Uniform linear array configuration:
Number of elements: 64
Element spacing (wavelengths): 0.75
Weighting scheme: hann
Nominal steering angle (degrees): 0
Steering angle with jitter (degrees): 0.4341
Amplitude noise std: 0.05
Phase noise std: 0.05

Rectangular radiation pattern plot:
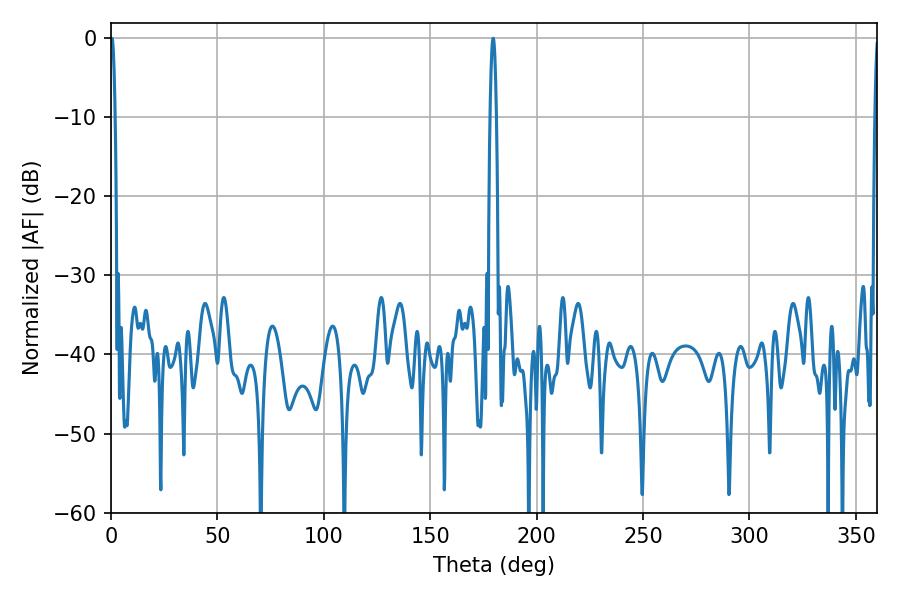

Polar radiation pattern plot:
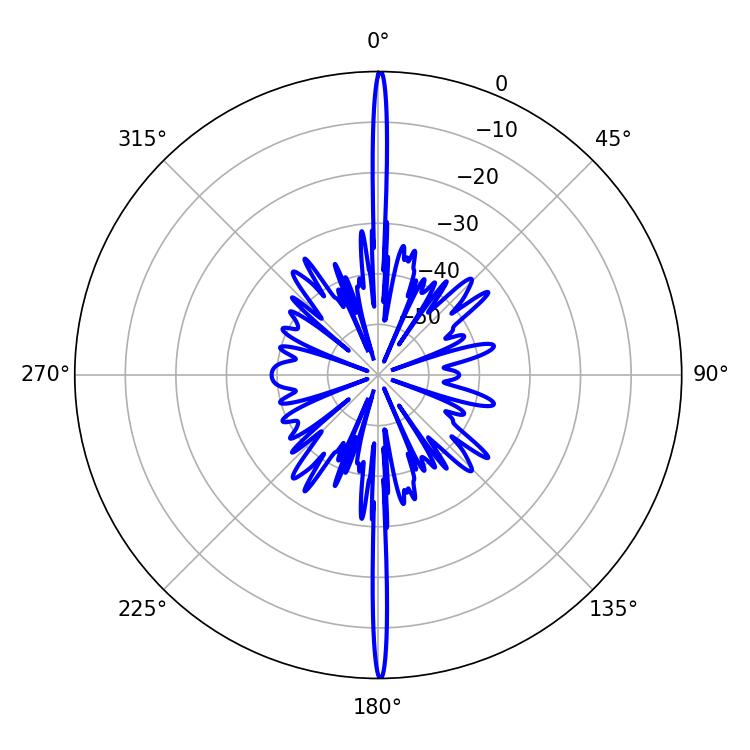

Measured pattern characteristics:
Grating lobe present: TRUE
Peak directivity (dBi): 36.035
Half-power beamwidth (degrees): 1.26
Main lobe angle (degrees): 0.36